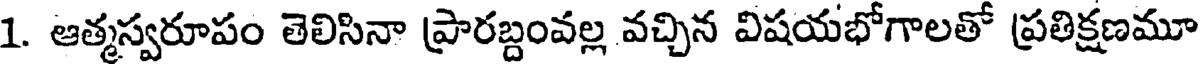
1. ఆత్మస్వరూపం తెలిసినా ప్రారబ్దంవల్ల వచ్చిన విషయభోగాలతో ప్రతిక్షణమూ